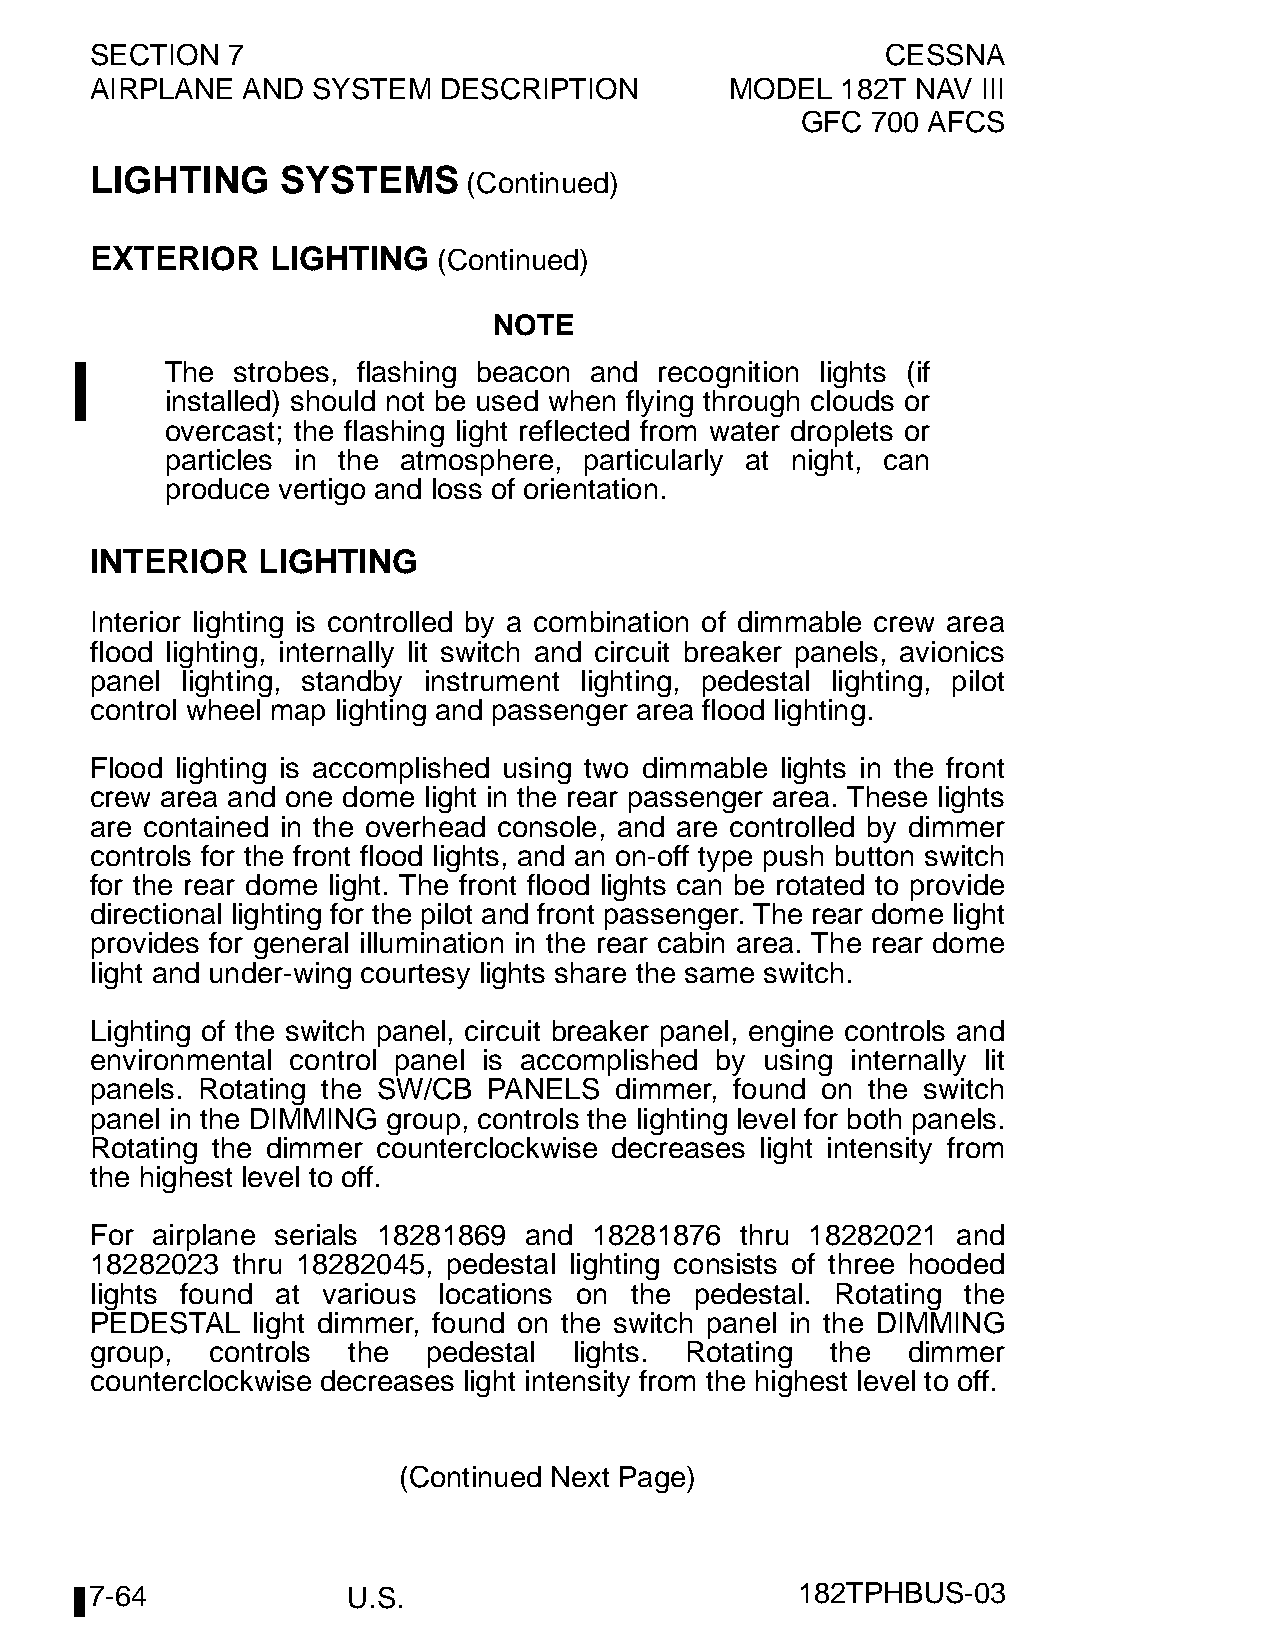
SECTION  7                                           CESSNA
 AIRPLANE  AND  SYSTEM  DESCRIPTION        MODEL   182T NAV III
 GFC  700 AFCS
 LIGHTING     SYSTEMS
 (Continued)
 EXTERIOR    LIGHTING   (Continued)
 NOTE
 The strobes, flashing beacon and recognition lights (if
 installed) should not be used when flying through clouds or
 overcast; the flashing light reflected from water droplets or
 particles in the atmosphere, particularly at night, can
 produce vertigo and loss of orientation.
 INTERIOR   LIGHTING
 Interior lighting is controlled by a combination of dimmable crew area
 flood lighting, internally lit switch and circuit breaker panels, avionics
 panel lighting, standby instrument lighting, pedestal lighting, pilot
 control wheel map lighting and passenger area flood lighting.
 Flood lighting is accomplished using two dimmable lights in the front
 crew area and one dome light in the rear passenger area. These lights
 are contained in the overhead console, and are controlled by dimmer
 controls for the front flood lights, and an on-off type push button switch
 for the rear dome light. The front flood lights can be rotated to provide
 directional lighting for the pilot and front passenger. The rear dome light
 provides for general illumination in the rear cabin area. The rear dome
 light and under-wing courtesy lights share the same switch.
 Lighting of the switch panel, circuit breaker panel, engine controls and
 environmental control panel is accomplished by using internally lit
 panels. Rotating the SW/CB PANELS  dimmer, found on the switch
 panel in the DIMMING group, controls the lighting level for both panels.
 Rotating the dimmer counterclockwise decreases light intensity from
 the highest level to off.
 For airplane serials 18281869 and 18281876 thru 18282021 and
 18282023 thru 18282045, pedestal lighting consists of three hooded
 lights found at various locations on the pedestal. Rotating the
 PEDESTAL   light dimmer, found on the switch panel in the DIMMING
 group,  controls the  pedestal  lights. Rotating the  dimmer
 counterclockwise decreases light intensity from the highest level to off.
 (Continued Next Page)
 7-64             U.S.                          182TPHBUS-03